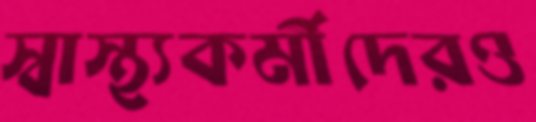
স্বাস্থ্যকর্মীদেরও